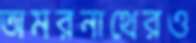
অমরনাথেরও